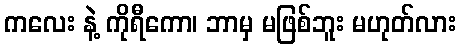
ကလေး နဲ့ ကိုရီကော၊ ဘာမှ မဖြစ်ဘူး မဟုတ်လား